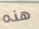
هذه